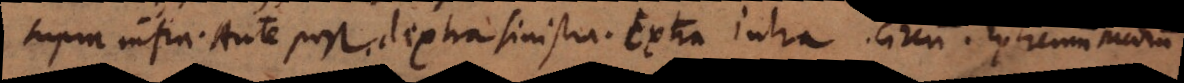
Supra infra. Ante post. Dextra sinistra. Extra intra. Circum. Extremum Medium.